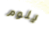
يلوم